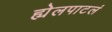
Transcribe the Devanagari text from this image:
ह्येलपाटलं